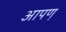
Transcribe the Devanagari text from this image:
आपण़